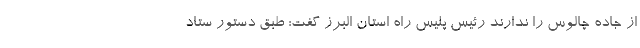
از جاده چالوس را ندارند رئیس پلیس راه استان البرز گفت: طبق دستور ستاد